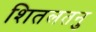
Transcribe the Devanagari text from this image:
शितलतनु